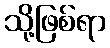
သို့ဖြစ်ရာ